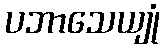
ပဘာသေယျုံ